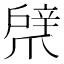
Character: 𢩞